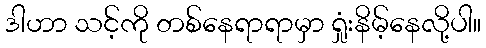
ဒါဟာ သင့်ကို တစ်နေရာရာမှာ ရှုံးနိမ့်နေလို့ပါ။